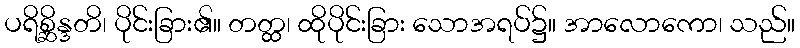
ပရိစ္ဆိန္ဒတိ၊ ပိုင်းခြား၏။ တတ္ထ၊ ထိုပိုင်းခြား သောအရပ်၌။ အာလောကော၊ သည်။